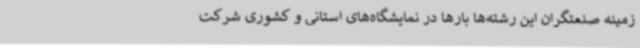
زمینه صنعتگران این رشته‌ها بارها در نمایشگاه‌های استانی و کشوری شرکت